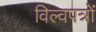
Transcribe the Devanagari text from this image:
विल्वपत्रों